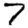
Digit: 7